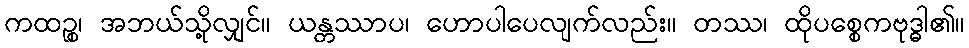
ကထဉ္စ၊ အဘယ်သို့လျှင်။ ယန္တဿာပ၊ ဟောပါပေလျက်လည်း။ တဿ၊ ထိုပစ္စေကဗုဒ္ဓါ၏။